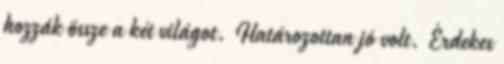
hozzák össze a két világot. Határozottan jó volt. Érdekes